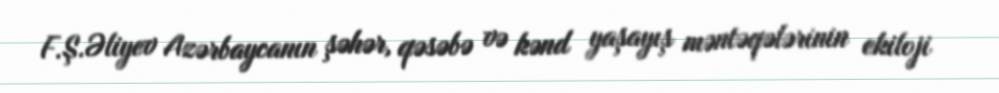
F.Ş.Əliyev Azərbaycanın şəhər, qəsəbə və kənd yaşayış məntəqələrinin ekiloji